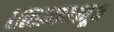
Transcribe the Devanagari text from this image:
तत्वज्ञानातून